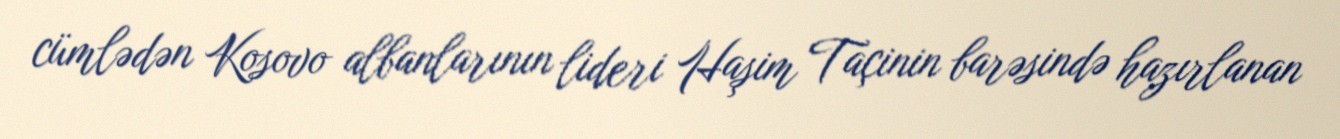
cümlədən Kosovo albanlarının lideri Haşim Taçinin barəsində hazırlanan